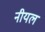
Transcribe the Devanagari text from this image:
नीयल